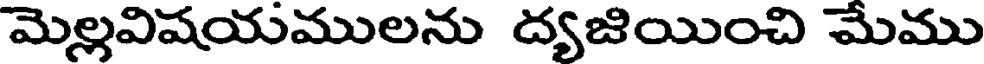
మెల్లవిషయములను ద్యజియించి మేము